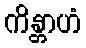
ကိန္တာဟံ